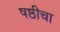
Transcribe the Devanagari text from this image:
षष्ठीचा